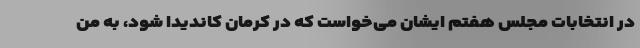
در انتخابات مجلس هفتم ایشان می‌خواست که در کرمان کاندیدا شود، به من